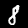
Digit: 8